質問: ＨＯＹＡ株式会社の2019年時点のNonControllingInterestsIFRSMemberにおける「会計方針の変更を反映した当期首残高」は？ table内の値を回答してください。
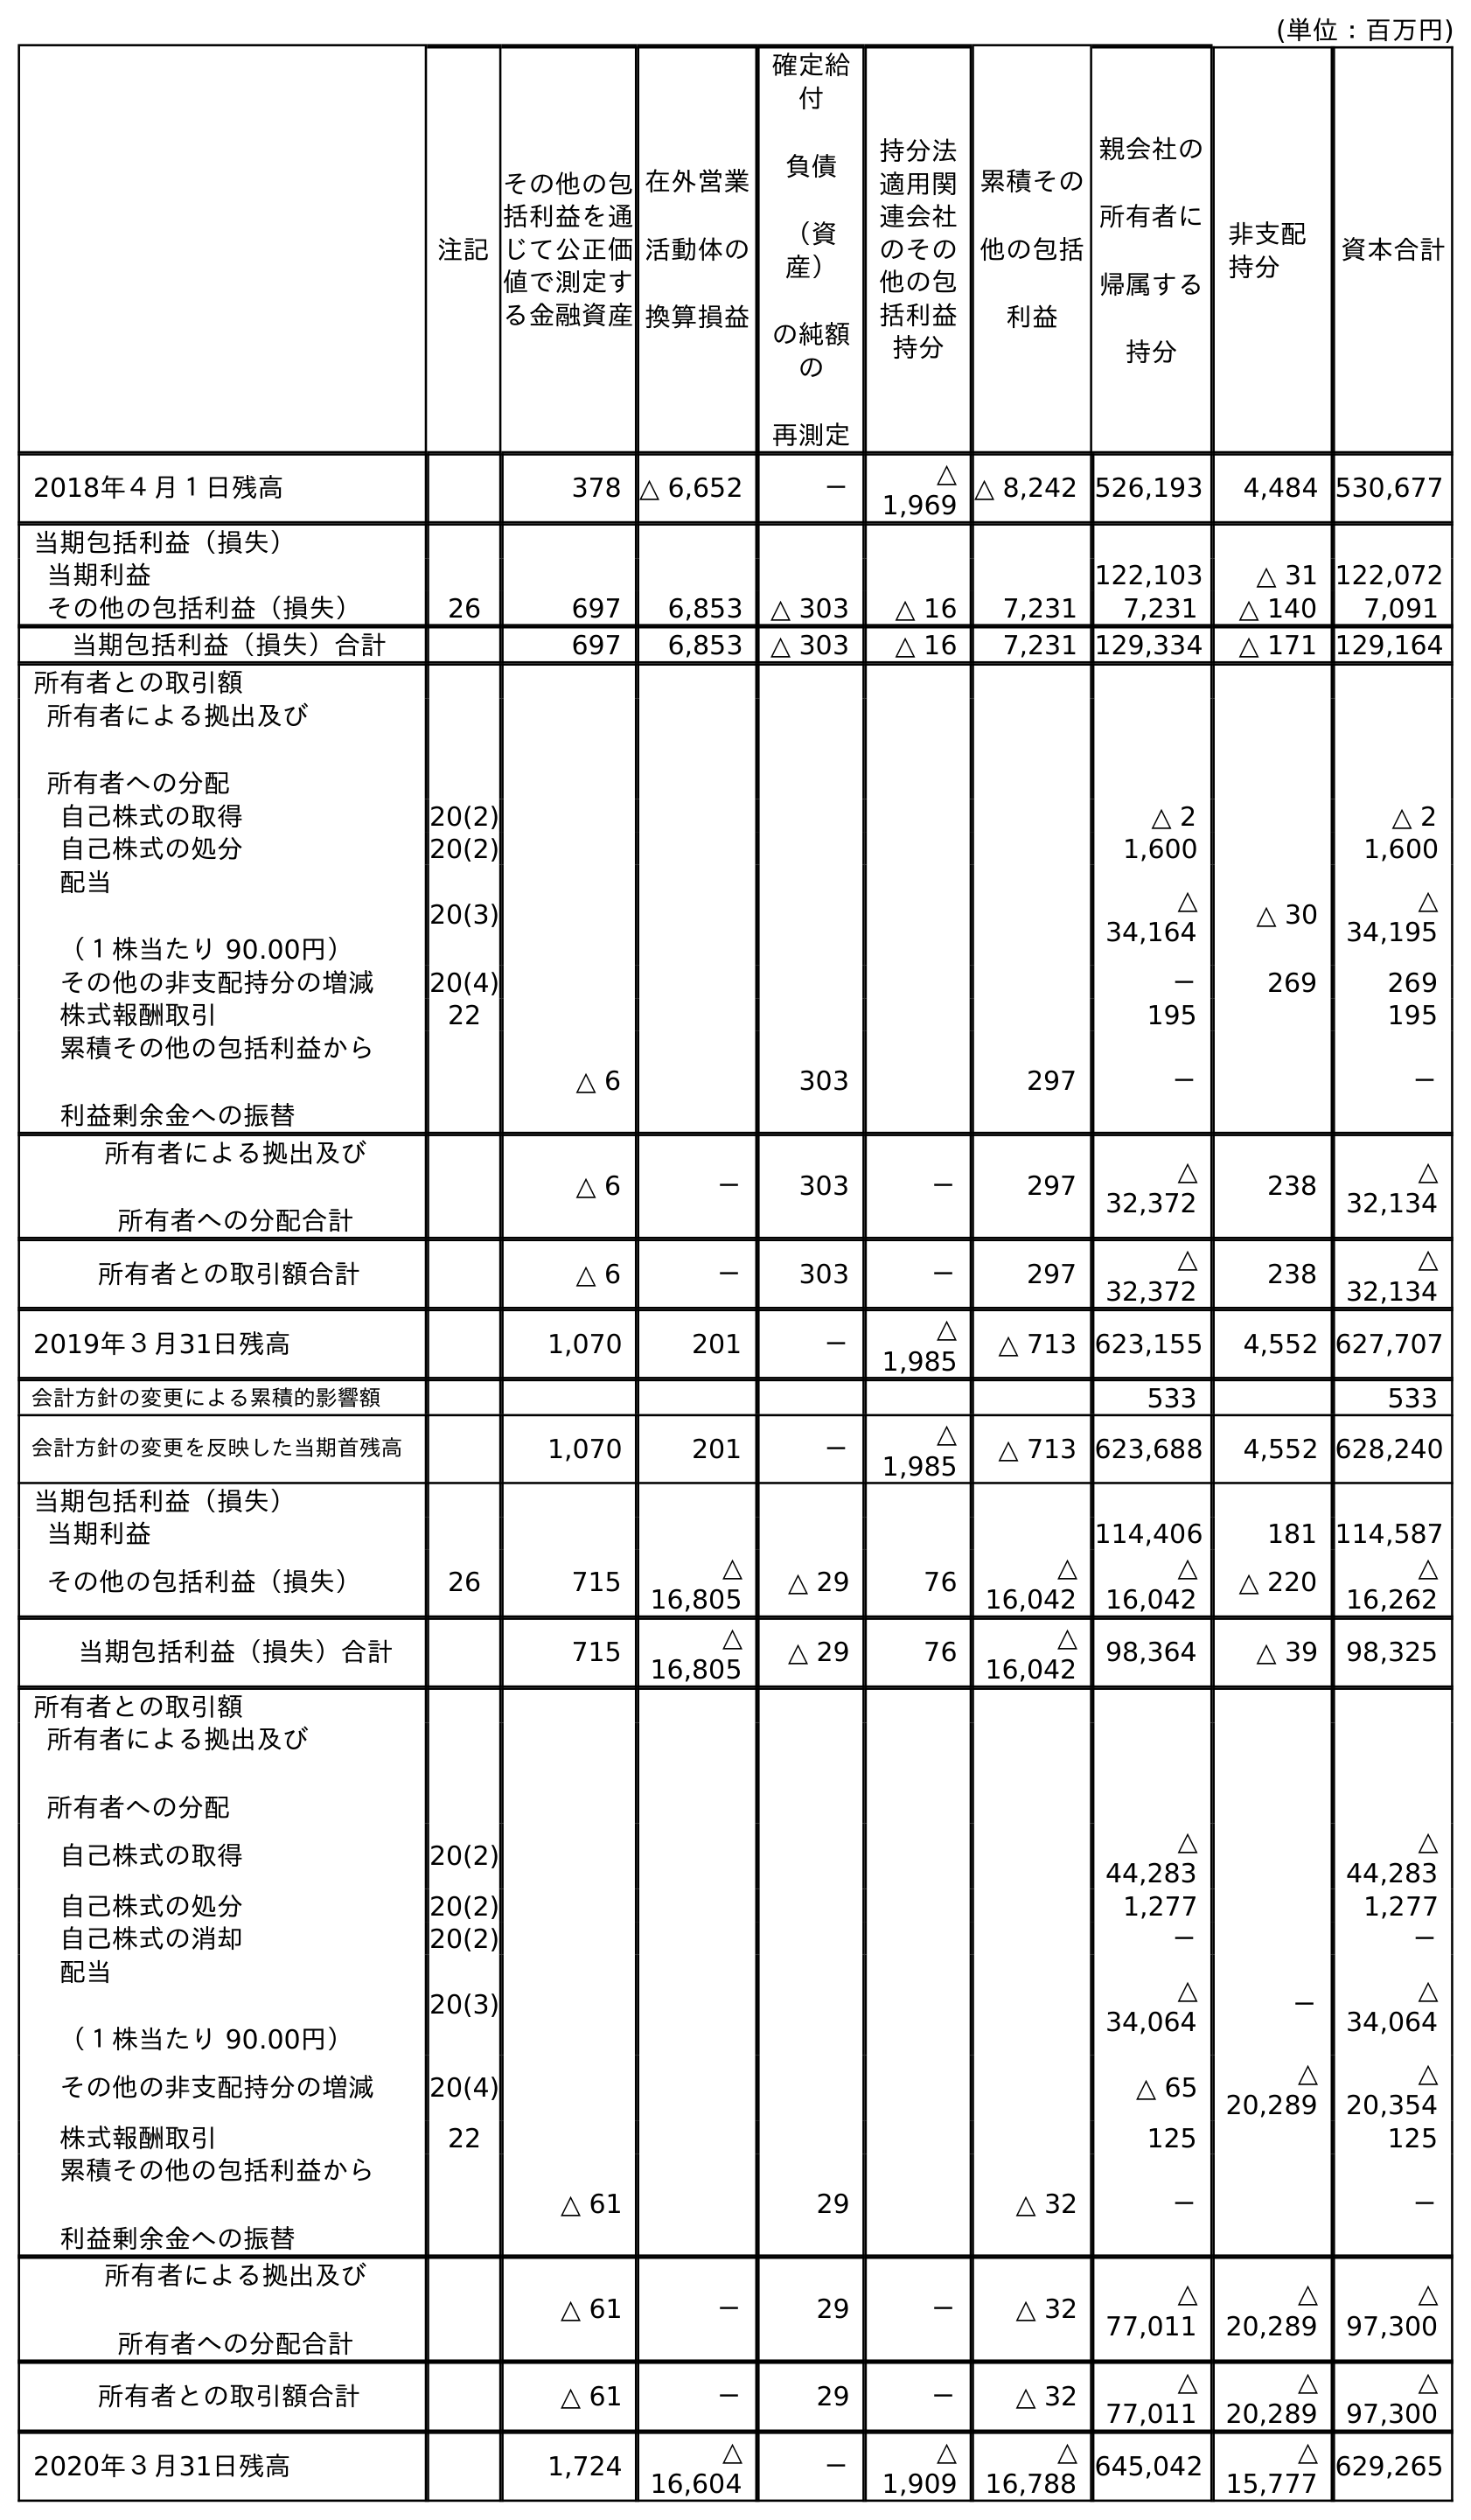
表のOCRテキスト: (単位：百万円) 注記 親会社の 所有者に 帰属する 持分 非支配 持分 資本合計 その他の包 括利益を通 じて公正価 値で測定す る金融資産 在外営業 活動体の 換算損益 確定給 付 負債 （資 産） の純額 の 再測定 持分法 適用関 連会社 のその 他の包 括利益 持分 累積その 他の包括 利益 2018年４月１日残高 378 △ 6,652 － △ 1,969 △ 8,242 526,193 4,484 530,677 当期包括利益（損失） 当期利益 122,103 △ 31 122,072 その他の包括利益（損失） 26 697 6,853 △ 303 △ 16 7,231 7,231 △ 140 7,091 当期包括利益（損失）合計 697 6,853 △ 303 △ 16 7,231 129,334 △ 171 129,164 所有者との取引額 所有者による拠出及び 所有者への分配 自己株式の取得 20(2) △ 2 △ 2 自己株式の処分 20(2) 1,600 1,600 配当 （１株当たり 90.00円） 20(3) △ 34,164 △ 30 △ 34,195 その他の非支配持分の増減 20(4) － 269 269 株式報酬取引 22 195 195 累積その他の包括利益から 利益剰余金への振替 △ 6 303 297 － － 所有者による拠出及び 所有者への分配合計 △ 6 － 303 － 297 △ 32,372 238 △ 32,134 所有者との取引額合計 △ 6 － 303 － 297 △ 32,372 238 △ 32,134 2019年３月31日残高 1,070 201 － △ 1,985 △ 713 623,155 4,552 627,707 会計方針の変更による累積的影響額 533 533 会計方針の変更を反映した当期首残高 1,070 201 － △ 1,985 △ 713 623,688 4,552 628,240 当期包括利益（損失） 当期利益 114,406 181 114,587 その他の包括利益（損失） 26 715 △ 16,805 △ 29 76 △ 16,042 △ 16,042 △ 220 △ 16,262 当期包括利益（損失）合計 715 △ 16,805 △ 29 76 △ 16,042 98,364 △ 39 98,325 所有者との取引額 所有者による拠出及び 所有者への分配 自己株式の取得 20(2) △ 44,283 △ 44,283 自己株式の処分 20(2) 1,277 1,277 自己株式の消却 20(2) － － 配当 （１株当たり 90.00円） 20(3) △ 34,064 － △ 34,064 その他の非支配持分の増減 20(4) △ 65 △ 20,289 △ 20,354 株式報酬取引 22 125 125 累積その他の包括利益から 利益剰余金への振替 △ 61 29 △ 32 － － 所有者による拠出及び 所有者への分配合計 △ 61 － 29 － △ 32 △ 77,011 △ 20,289 △ 97,300 所有者との取引額合計 △ 61 － 29 － △ 32 △ 77,011 △ 20,289 △ 97,300 2020年３月31日残高 1,724 △ 16,604 － △ 1,909 △ 16,788 645,042 △ 15,777 629,265
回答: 4,552